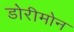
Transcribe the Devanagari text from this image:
डोरीमोन